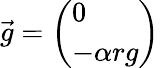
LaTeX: \vec{g}=\left(\begin{array}{l}{0}\\ {-\alpha rg}\end{array}\right)